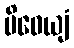
ပိဝေယျံ